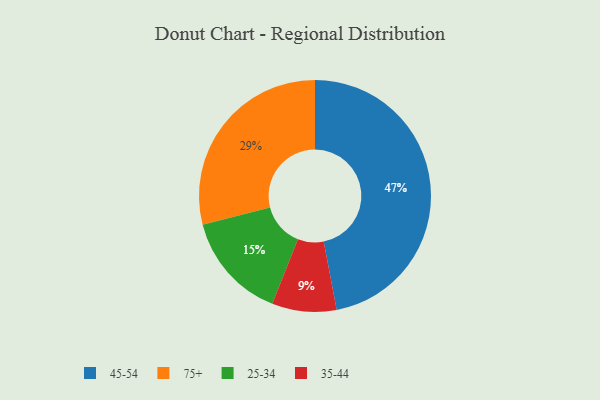
{"axis": {"x": "Category", "y": "Percentage"}, "legend": ["25-34", "35-44", "45-54", "75+"], "data": [{"x": "45-54", "y": 47, "type": "45-54"}, {"x": "75+", "y": 29, "type": "75+"}, {"x": "35-44", "y": 9, "type": "35-44"}, {"x": "25-34", "y": 15, "type": "25-34"}]}